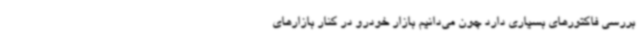
بررسی فاکتورهای بسیاری دارد چون می‌دانیم بازار خودرو در کنار بازارهای